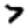
Digit: 7